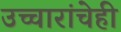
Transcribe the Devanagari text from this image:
उच्चारांचेही